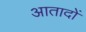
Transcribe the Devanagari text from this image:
आतादों